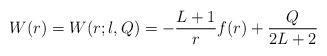
LaTeX: \begin{align*} W(r) = W(r;l,Q) = - \frac{L+1}{r} f(r) + \frac{Q}{2L+2}\end{align*}